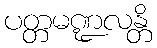
ပတ္တမဏ္ဍလန္တိ